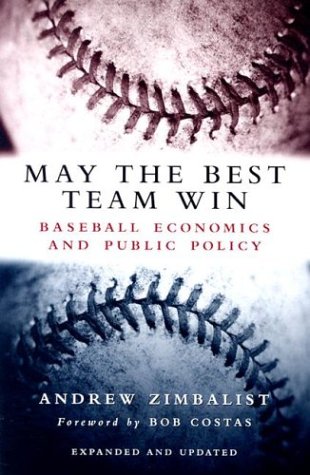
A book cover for May the Best Team Win: Baseball Economics and Public Policy; Andrew Zimbalist; Law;